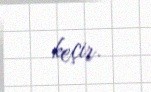
keçir.